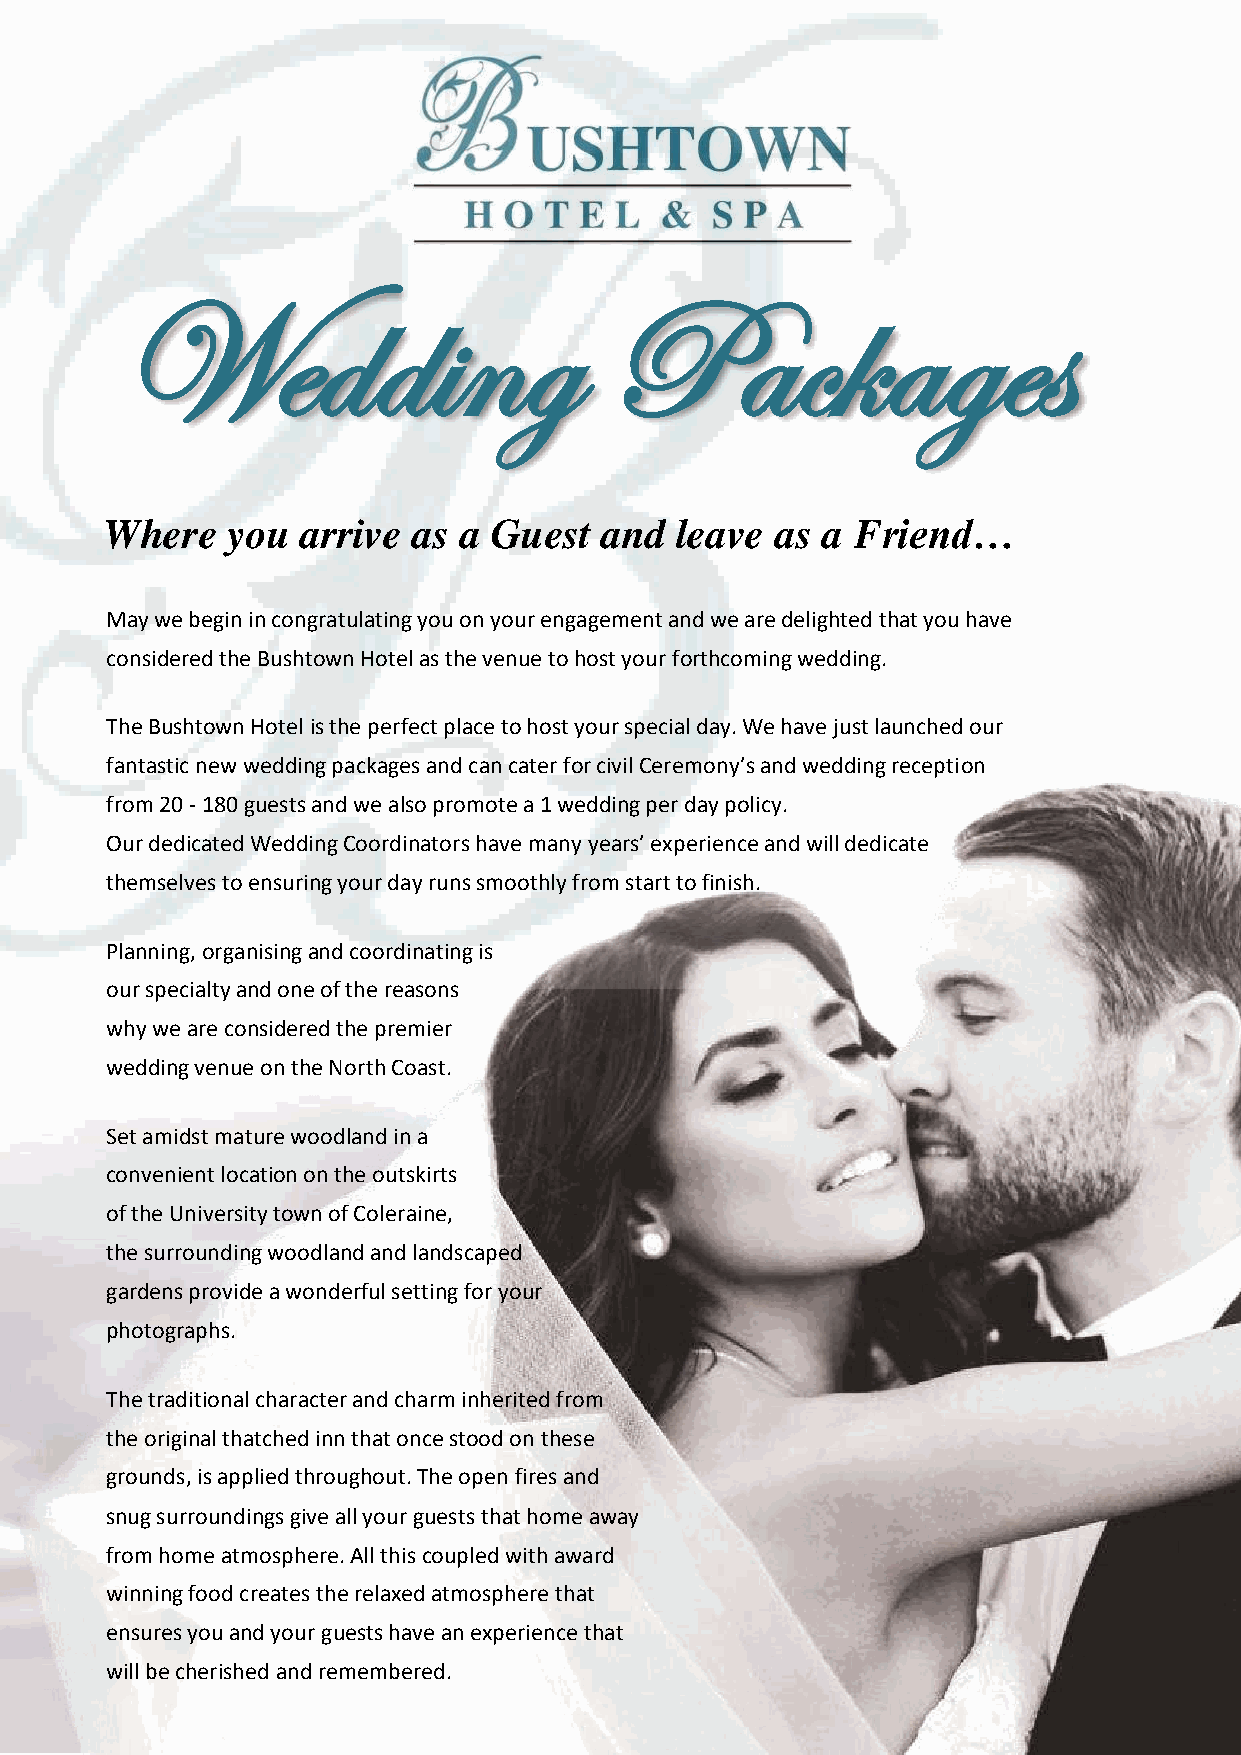
Wedding                         Packages
 Where   you  arrive as a  Guest  and  leave as a  Friend…
 May we begin in congratulating you on your engagement and we are delighted that you have
 considered the Bushtown Hotel as the venue to host your forthcoming wedding.
 The Bushtown Hotel is the perfect place to host your special day. We have just launched our
 fantastic new wedding packages and can cater for civil Ceremony’s and wedding reception
 from 20 - 180 guests and we also promote a 1 wedding per day policy.
 Our dedicated Wedding Coordinators have many years’ experience and will dedicate
 themselves to ensuring your day runs smoothly from start to finish.
 Planning, organising and coordinating is
 our specialty and one of the reasons
 why we are considered the premier
 wedding venue on the North Coast.
 Set amidst mature woodland in a
 convenient location on the outskirts
 of the University town of Coleraine,
 the surrounding woodland and landscaped
 gardens provide a wonderful setting for your
 photographs.
 The traditional character and charm inherited from
 the original thatched inn that once stood on these
 grounds, is applied throughout. The open fires and
 snug surroundings give all your guests that home away
 from home atmosphere. All this coupled with award
 winning food creates the relaxed atmosphere that
 ensures you and your guests have an experience that
 will be cherished and remembered.